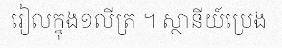
រៀលក្នុង១លីត្រ ។ ស្ថានីយ៍ប្រេង